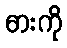
ဓားကို